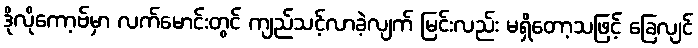
ဒိုလိုကော့ဗ်မှာ လက်မောင်းတွင် ကျည်သင့်လာခဲ့လျက် မြင်းလည်း မရှိတော့သဖြင့် ခြေလျင်